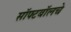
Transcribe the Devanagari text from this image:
सॉफ्टबॉलचे